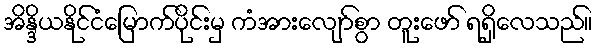
အိန္ဒိယနိုင်ငံမြောက်ပိုင်းမှ ကံအားလျော်စွာ တူးဖော် ရရှိလေသည်။